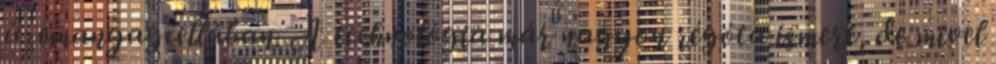
üzemanyagcellában. A technológia már nagyon régóta ismert, de mivel